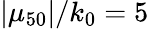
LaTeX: |\mu_{50}|/k_{0}=5